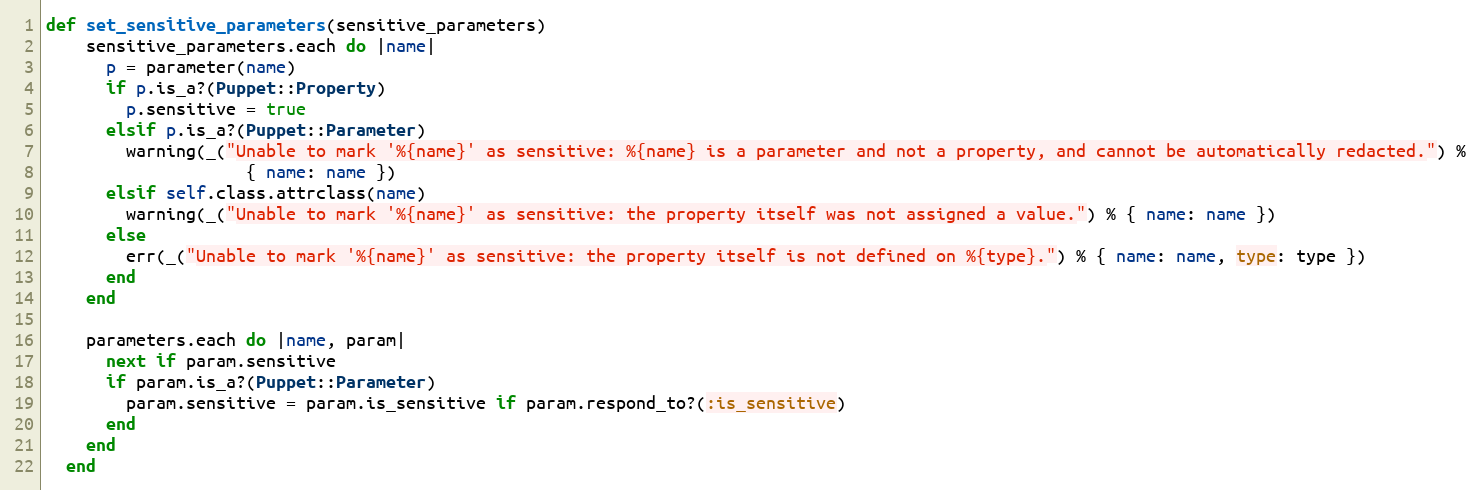
Language: Ruby
def set_sensitive_parameters(sensitive_parameters)
    sensitive_parameters.each do |name|
      p = parameter(name)
      if p.is_a?(Puppet::Property)
        p.sensitive = true
      elsif p.is_a?(Puppet::Parameter)
        warning(_("Unable to mark '%{name}' as sensitive: %{name} is a parameter and not a property, and cannot be automatically redacted.") %
                    { name: name })
      elsif self.class.attrclass(name)
        warning(_("Unable to mark '%{name}' as sensitive: the property itself was not assigned a value.") % { name: name })
      else
        err(_("Unable to mark '%{name}' as sensitive: the property itself is not defined on %{type}.") % { name: name, type: type })
      end
    end

    parameters.each do |name, param|
      next if param.sensitive
      if param.is_a?(Puppet::Parameter)
        param.sensitive = param.is_sensitive if param.respond_to?(:is_sensitive)
      end
    end
  end